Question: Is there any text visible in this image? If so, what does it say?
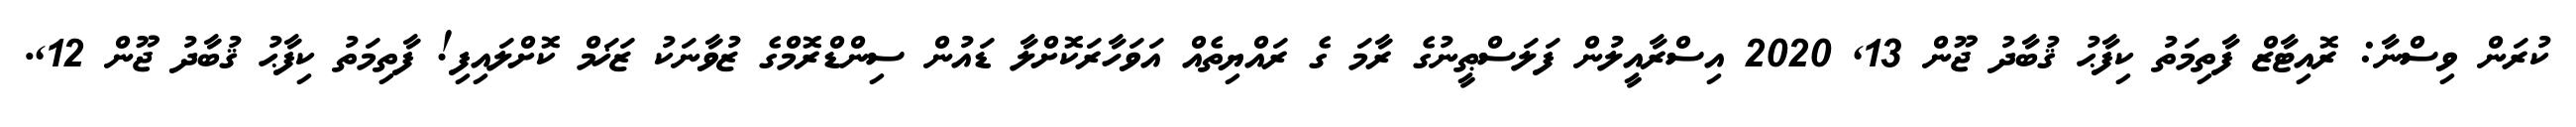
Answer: ކުރަން ވިސްނާ: ރޮއިޓާޒް ފާތިމަތު ކިފާޙު ޤުބާދު ޖޫން 13, 2020 އިސްރާއީލުން ފަލަސްޠީނުގެ ރާމަ ގެ ރައްޔިތެއް އަވަހާރަކޮށްލާ ޑައުން ސިންޑްރޮމްގެ ޒުވާނަކު ޒަޚަމް ކޮށްލައިފި! ފާތިމަތު ކިފާޙު ޤުބާދު ޖޫން 12,.